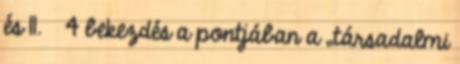
és 11. § 4 bekezdés a pontjában a „társadalmi